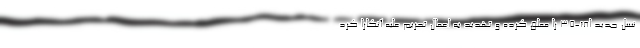
نسل جدید اف-۳۵ را معلق کرده و تهدید به اعمال تحریم علیه آنکارا کرد.